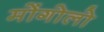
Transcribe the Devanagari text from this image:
मोंगोलो